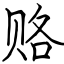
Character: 赂